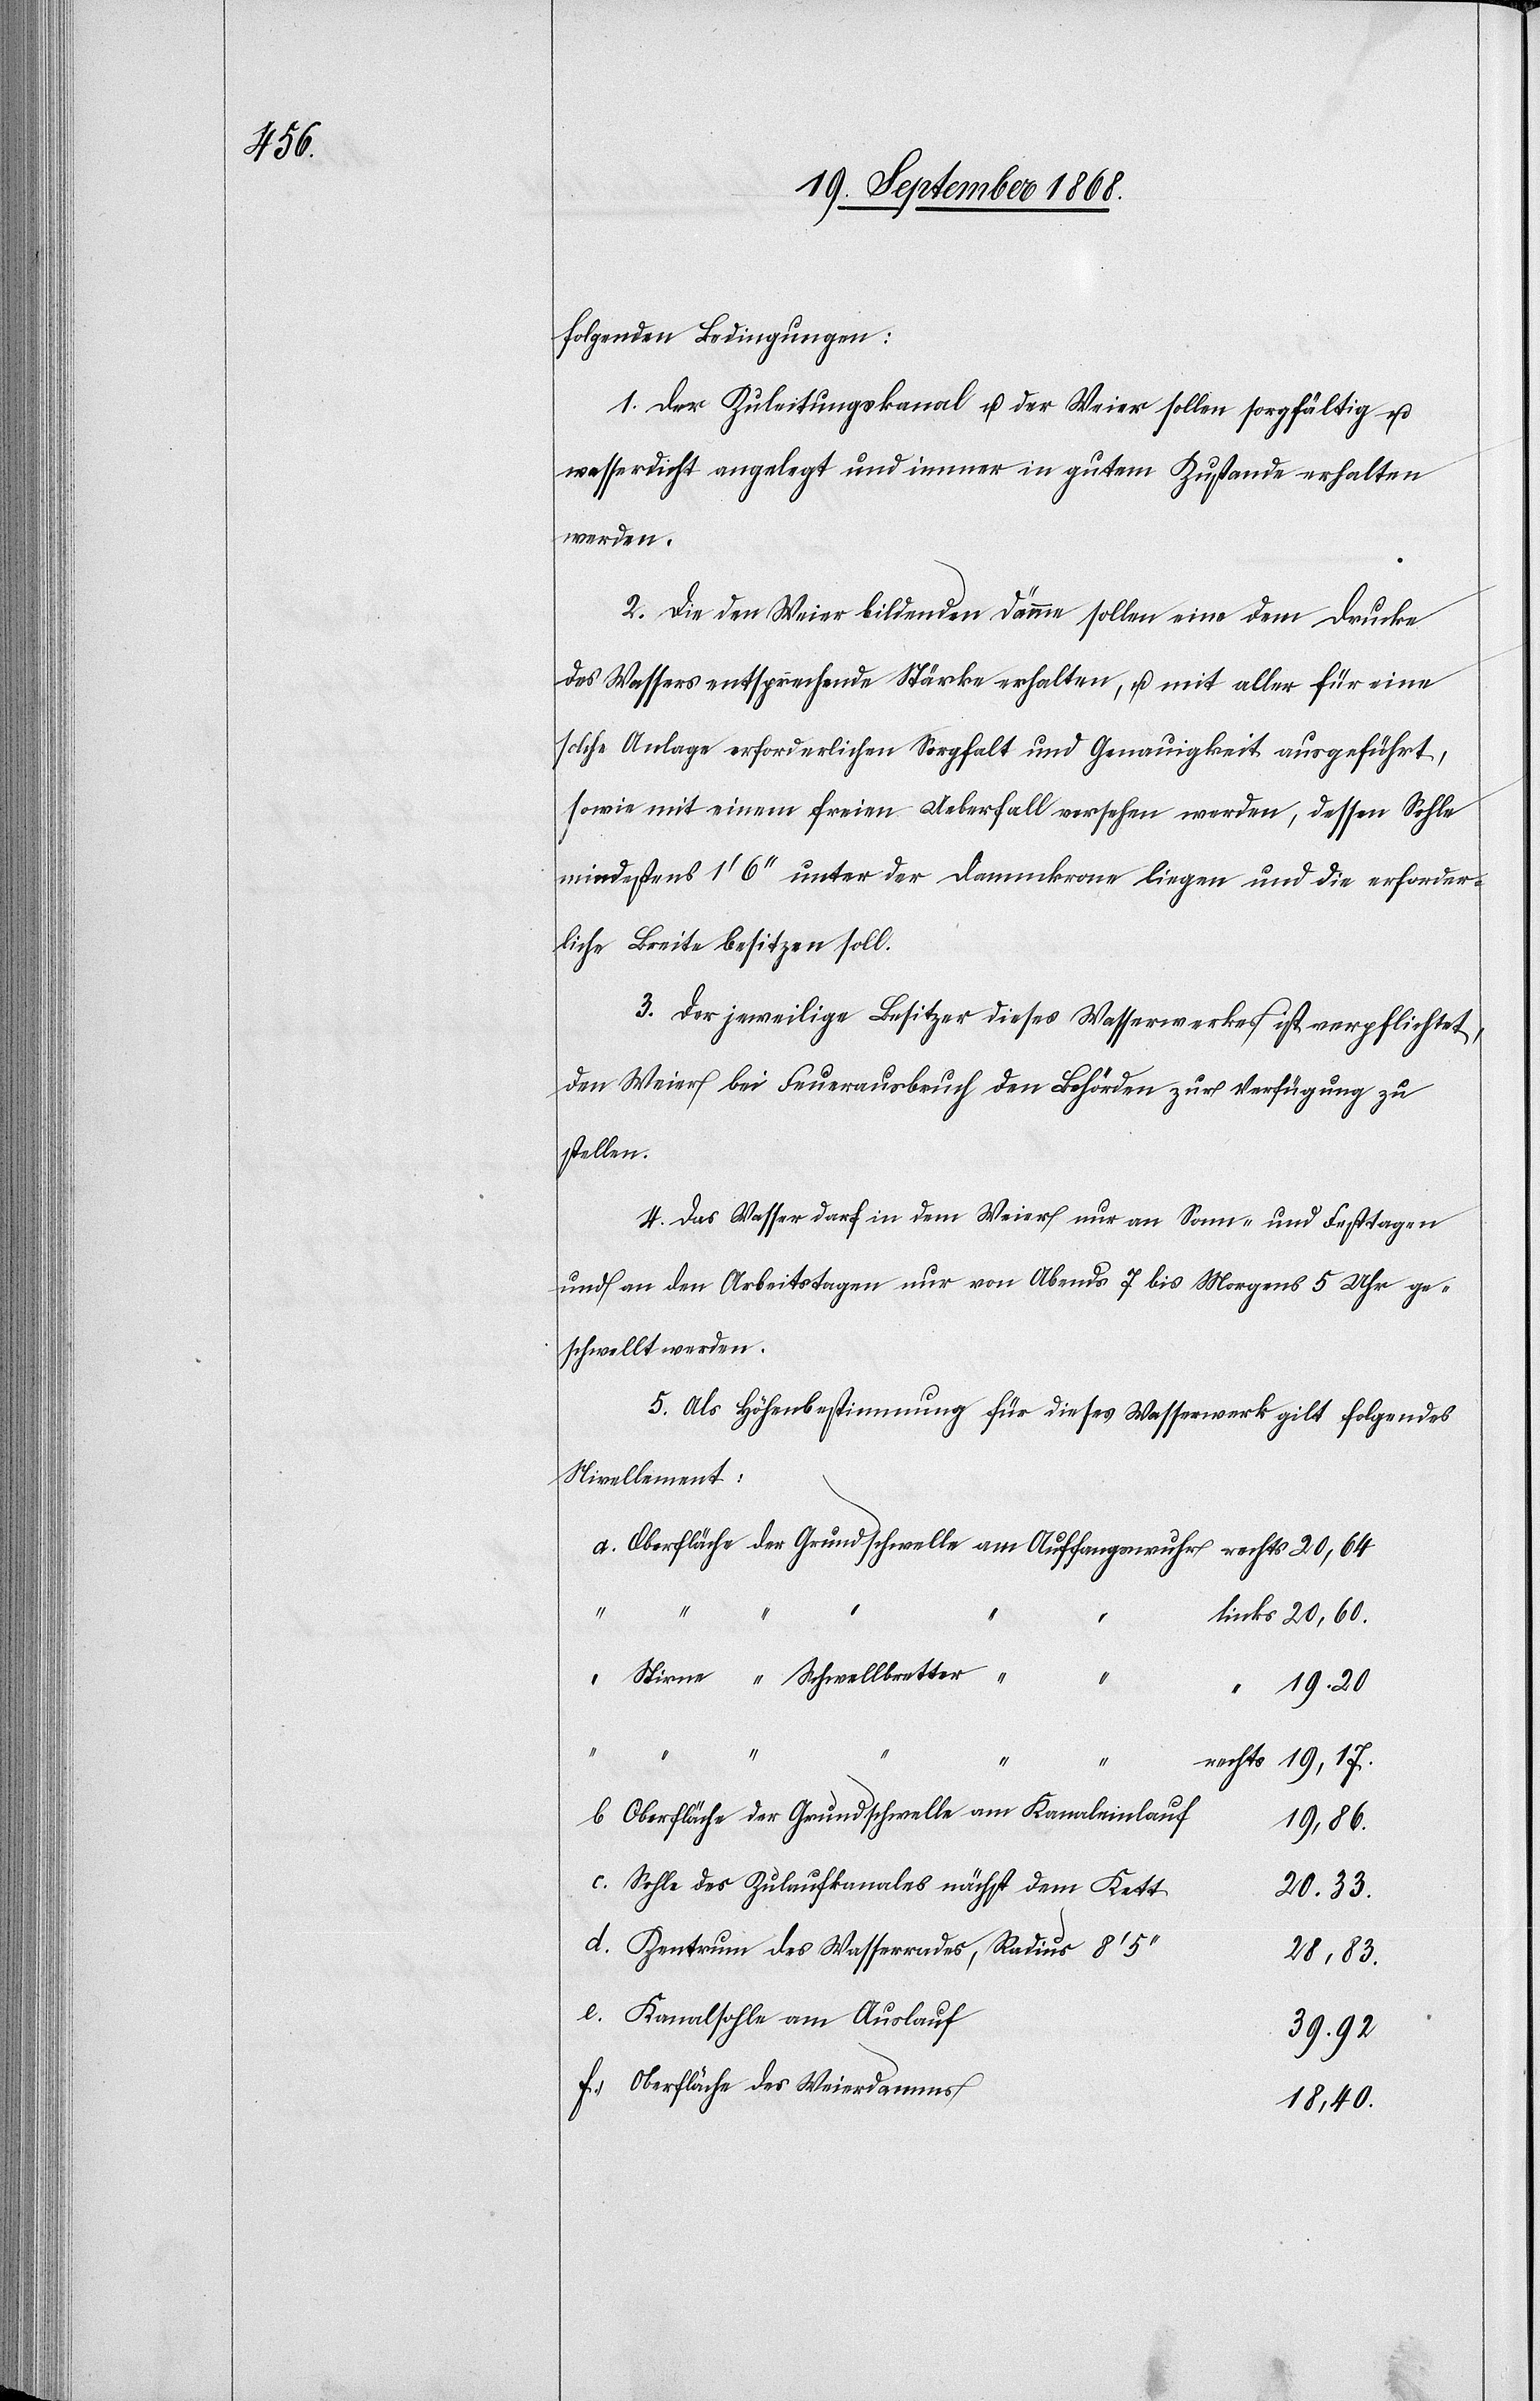
20,60.

folgenden Bedingungen:
1. Der Zuleitungskanal u. der Weier sollen sorgfältig u.
wasserdicht angelegt und immer in gutem Zustande erhalten
werden.
2. Die den Weier bildenden Dämme sollen eine dem Drucke
des Wassers entsprechende Stärke erhalten, u. mit aller für eine
solche Anlage erforderlichen Sorgfalt und Genauigkeit ausgeführt,
sowie mit einem freien Ueberfall versehen werden, dessen Sohle
mindestens 1‘ 6‘‘ unter der Dammkrone liegen und die erforder¬
liche Breite besitzen soll.
3. Der jeweilige Besitzer dieses Wasserwerkes ist verpflichtet,
den Weier bei Feuerausbruch den Behörden zur Verfügung zu
stellen.
4. Das Wasser darf in dem Weier nur an Sonn- und Festtagen
und an den Arbeitstagen nur von Abends 7 bis Morgens 5 Uhr ge¬
schwellt werden.
5. Als Höhenbestimmung für dieses Wasserwerk gilt folgendes
Nivellement:
[Oberfläche der Grundschwelle am Auffangswuhr] links
b.
Stirne “ Schwellbretter “
“
19.20
“
Oberfläche der Grundschwelle am Kanaleinlauf
19,86.
Sohle des Zulaufkanales nächst dem Kett
20.33.
Zentrum des Wasserrades, Radius 8‘
28,83.
Kanalsohle am Auslauf
39.92
Oberfläche des Weierdamms
18,40.